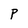
Character: P